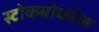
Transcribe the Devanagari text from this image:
स्टोकब्रोकरेज